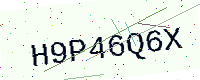
Text: H9P46Q6X